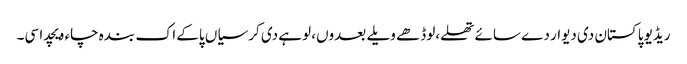
ریڈیو پاکستان دی دیوار دے سائے تھلے،لوڈھے ویلے بعدوں، لوہے دی کرسیاں پاکے اک بندہ چاء ویچدا سی۔